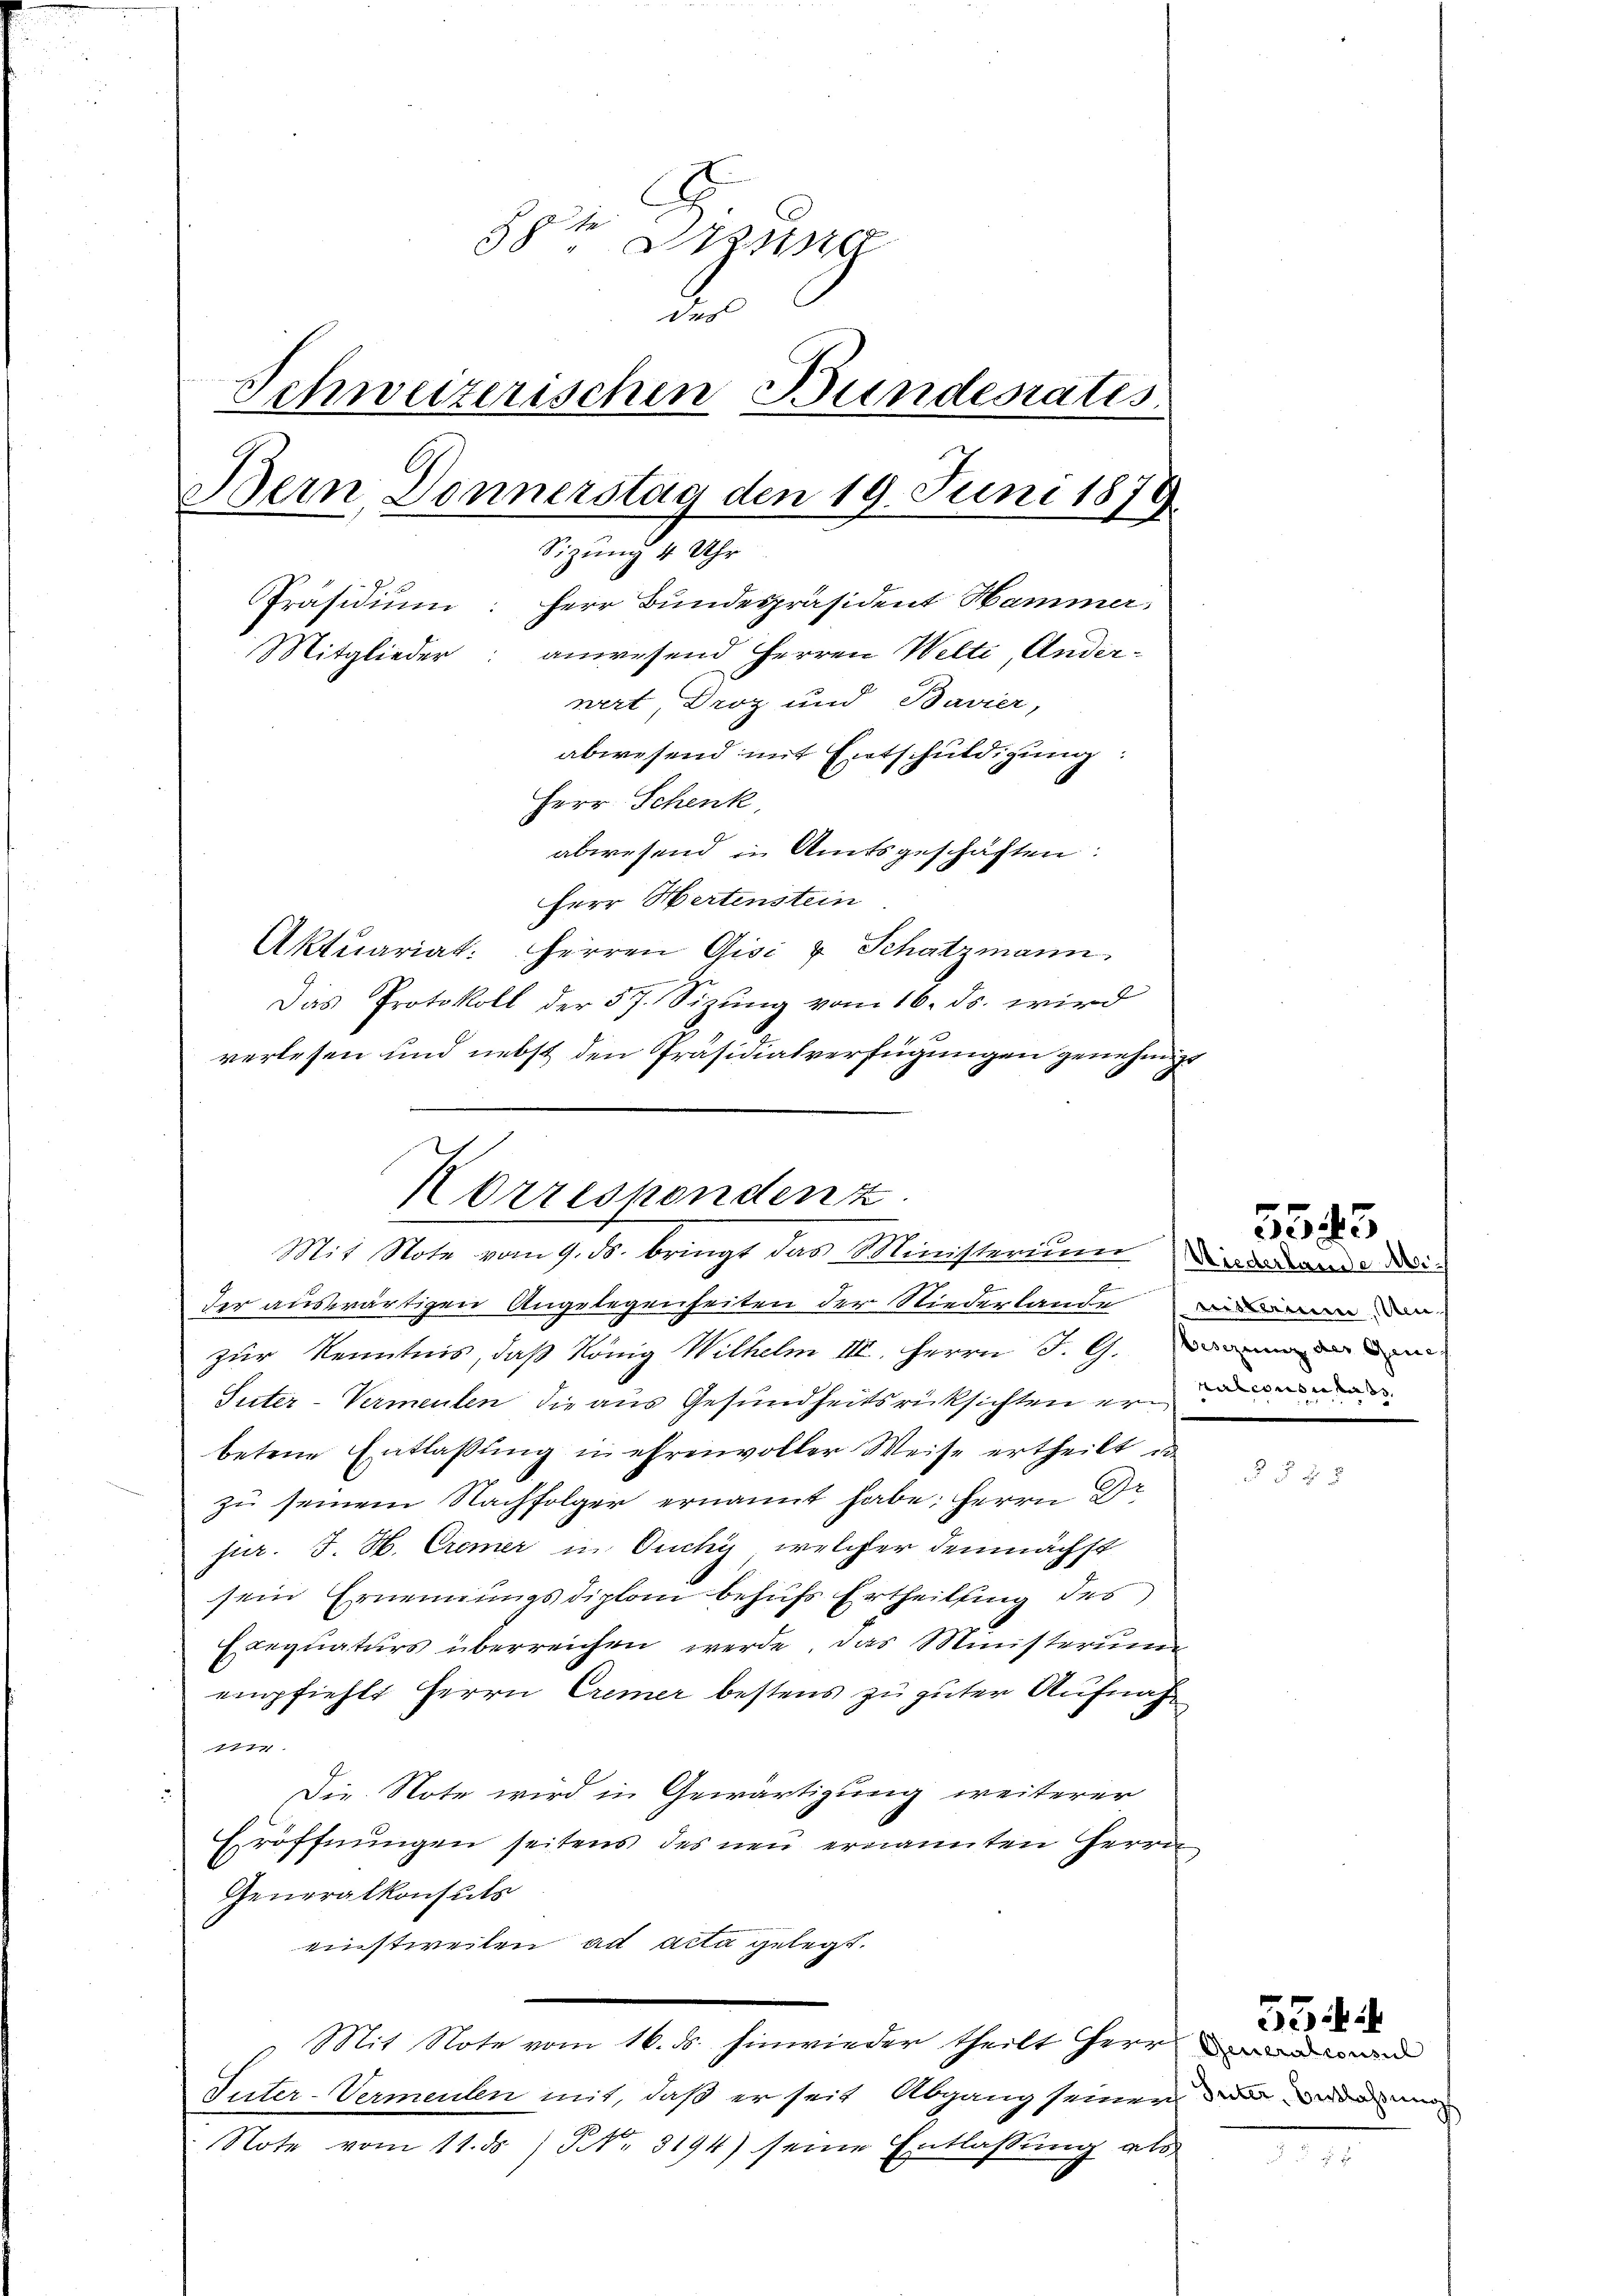
884 Dezung
d
Schweizerischen Bundesrates.
Bern, Donnerstag den 19. Juni 1879
Sizung 4 Uhr
Herr Bundespräsident Hammer,
Präsidium
anwesend Herren Welti, Ander¬
Mitglieder
wert, Droz und Bavier,
abwesend mit Entschuldigung:
Herr Schenk,
abwesend in Amtsgeschäften:
Herr Hertenstein
Aktuariat. Herren Gisi & Schatzmann,

Das Protokoll der 57. Sizung vom 16. ds. wird
verlesen und nebst den Präsidialverfügungen genehmige
der auswärtigen Angelegenheiten der Niederlande
zur Kenntnis, daß König Wilhelm III. Herrn J. G. die
Suter-Vermenten die aus Gesundheitsrücksichten erbetene Entlaßung in ehrenvoller Weise ertheilt u
zu seinem Nachfolger ernannt habe. Herrn Dr
jur. J. H. Cremer in Ouchy welcher demnächst
sein Ernennungsdiplom behufs Ertheilung des
Exequaturs überreichen werde. Das Ministerium
empfiehlt Herrn Cremer bestens zu guter Aufnah¬
1774
Die Note wird in Gewärtigung weiterer
Eröffnungen seitens des neu ernannten Herrn
Generalkonsuts
einstweilen ad Acta gelegt.
Mit Note vom 16. ds. hinwieder theilt HHerr
Inter-Vermeilen mit, daß er seit Abgang seiner
Note vom 11. ds NNo. 3194) seine Entlassung als

Korrespondenz

Mit Note vom 9. ds. bringt das Ministerium die der an di¬

eiskamme, An
nasconsi das

5543

Generalconsul
Suter, Bestlassung

554.